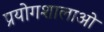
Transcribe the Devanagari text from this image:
प्रयोगशालाओ